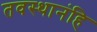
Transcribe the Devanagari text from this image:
तवस्थानंहि